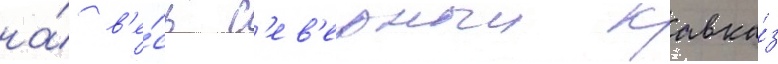
на́ в'е́сь с'ев'ерныи кавка́з